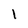
Character: l